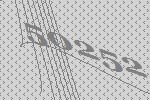
50252